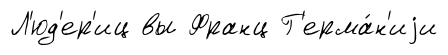
Л'юд'ер'иц вы Франц Г'ерма́н'иjи